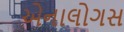
એનાલોગસ